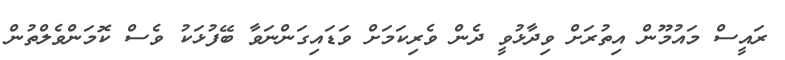
ރައީސް މައުމޫން އިތުރަށް ވިދާޅުވީ ދެން ވެރިކަމަށް ވަޑައިގަންނަވާ ބޭފުޅަކު ވެސް ކޮމަންވެލްތުން